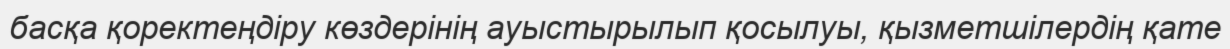
басқа қоректеңдіру көздерінің ауыстырылып қосылуы, қызметшілердің қате